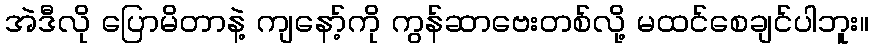
အဲဒီလို ပြောမိတာနဲ့ ကျနော့်ကို ကွန်ဆာဗေးတစ်လို့ မထင်စေချင်ပါဘူး။